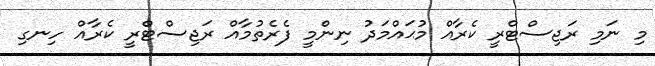
މި ނަމި ރަޖިސްޓްރީ ކެރާއް މުޙައްމަދު ނިންމީ ފެރެތުމާއް ރަޖިސްޓްރީ ކެރާއް ހިނގި